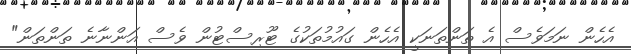
އެހެން ނަމަވެސް އެ ތަންތަނަކީ އެހެން ގައުމުތަކުގެ ޓޫރިސްޓުން ވެސް އަންނާނެ ތަންތަން"